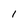
Character: 1